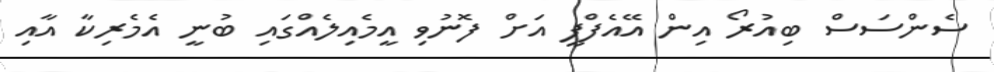
ސެންސަސް ބިއުރޯ އިން އޭއެފްޕީ އަށް ފޮނުވި އީމެއިލެއްގައި ބުނީ އެމެރިކާ އާއި